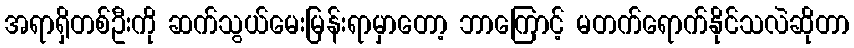
အရာရှိတစ်ဦးကို ဆက်သွယ်မေးမြန်းရာမှာတော့ ဘာကြောင့် မတက်ရောက်နိုင်သလဲဆိုတာ